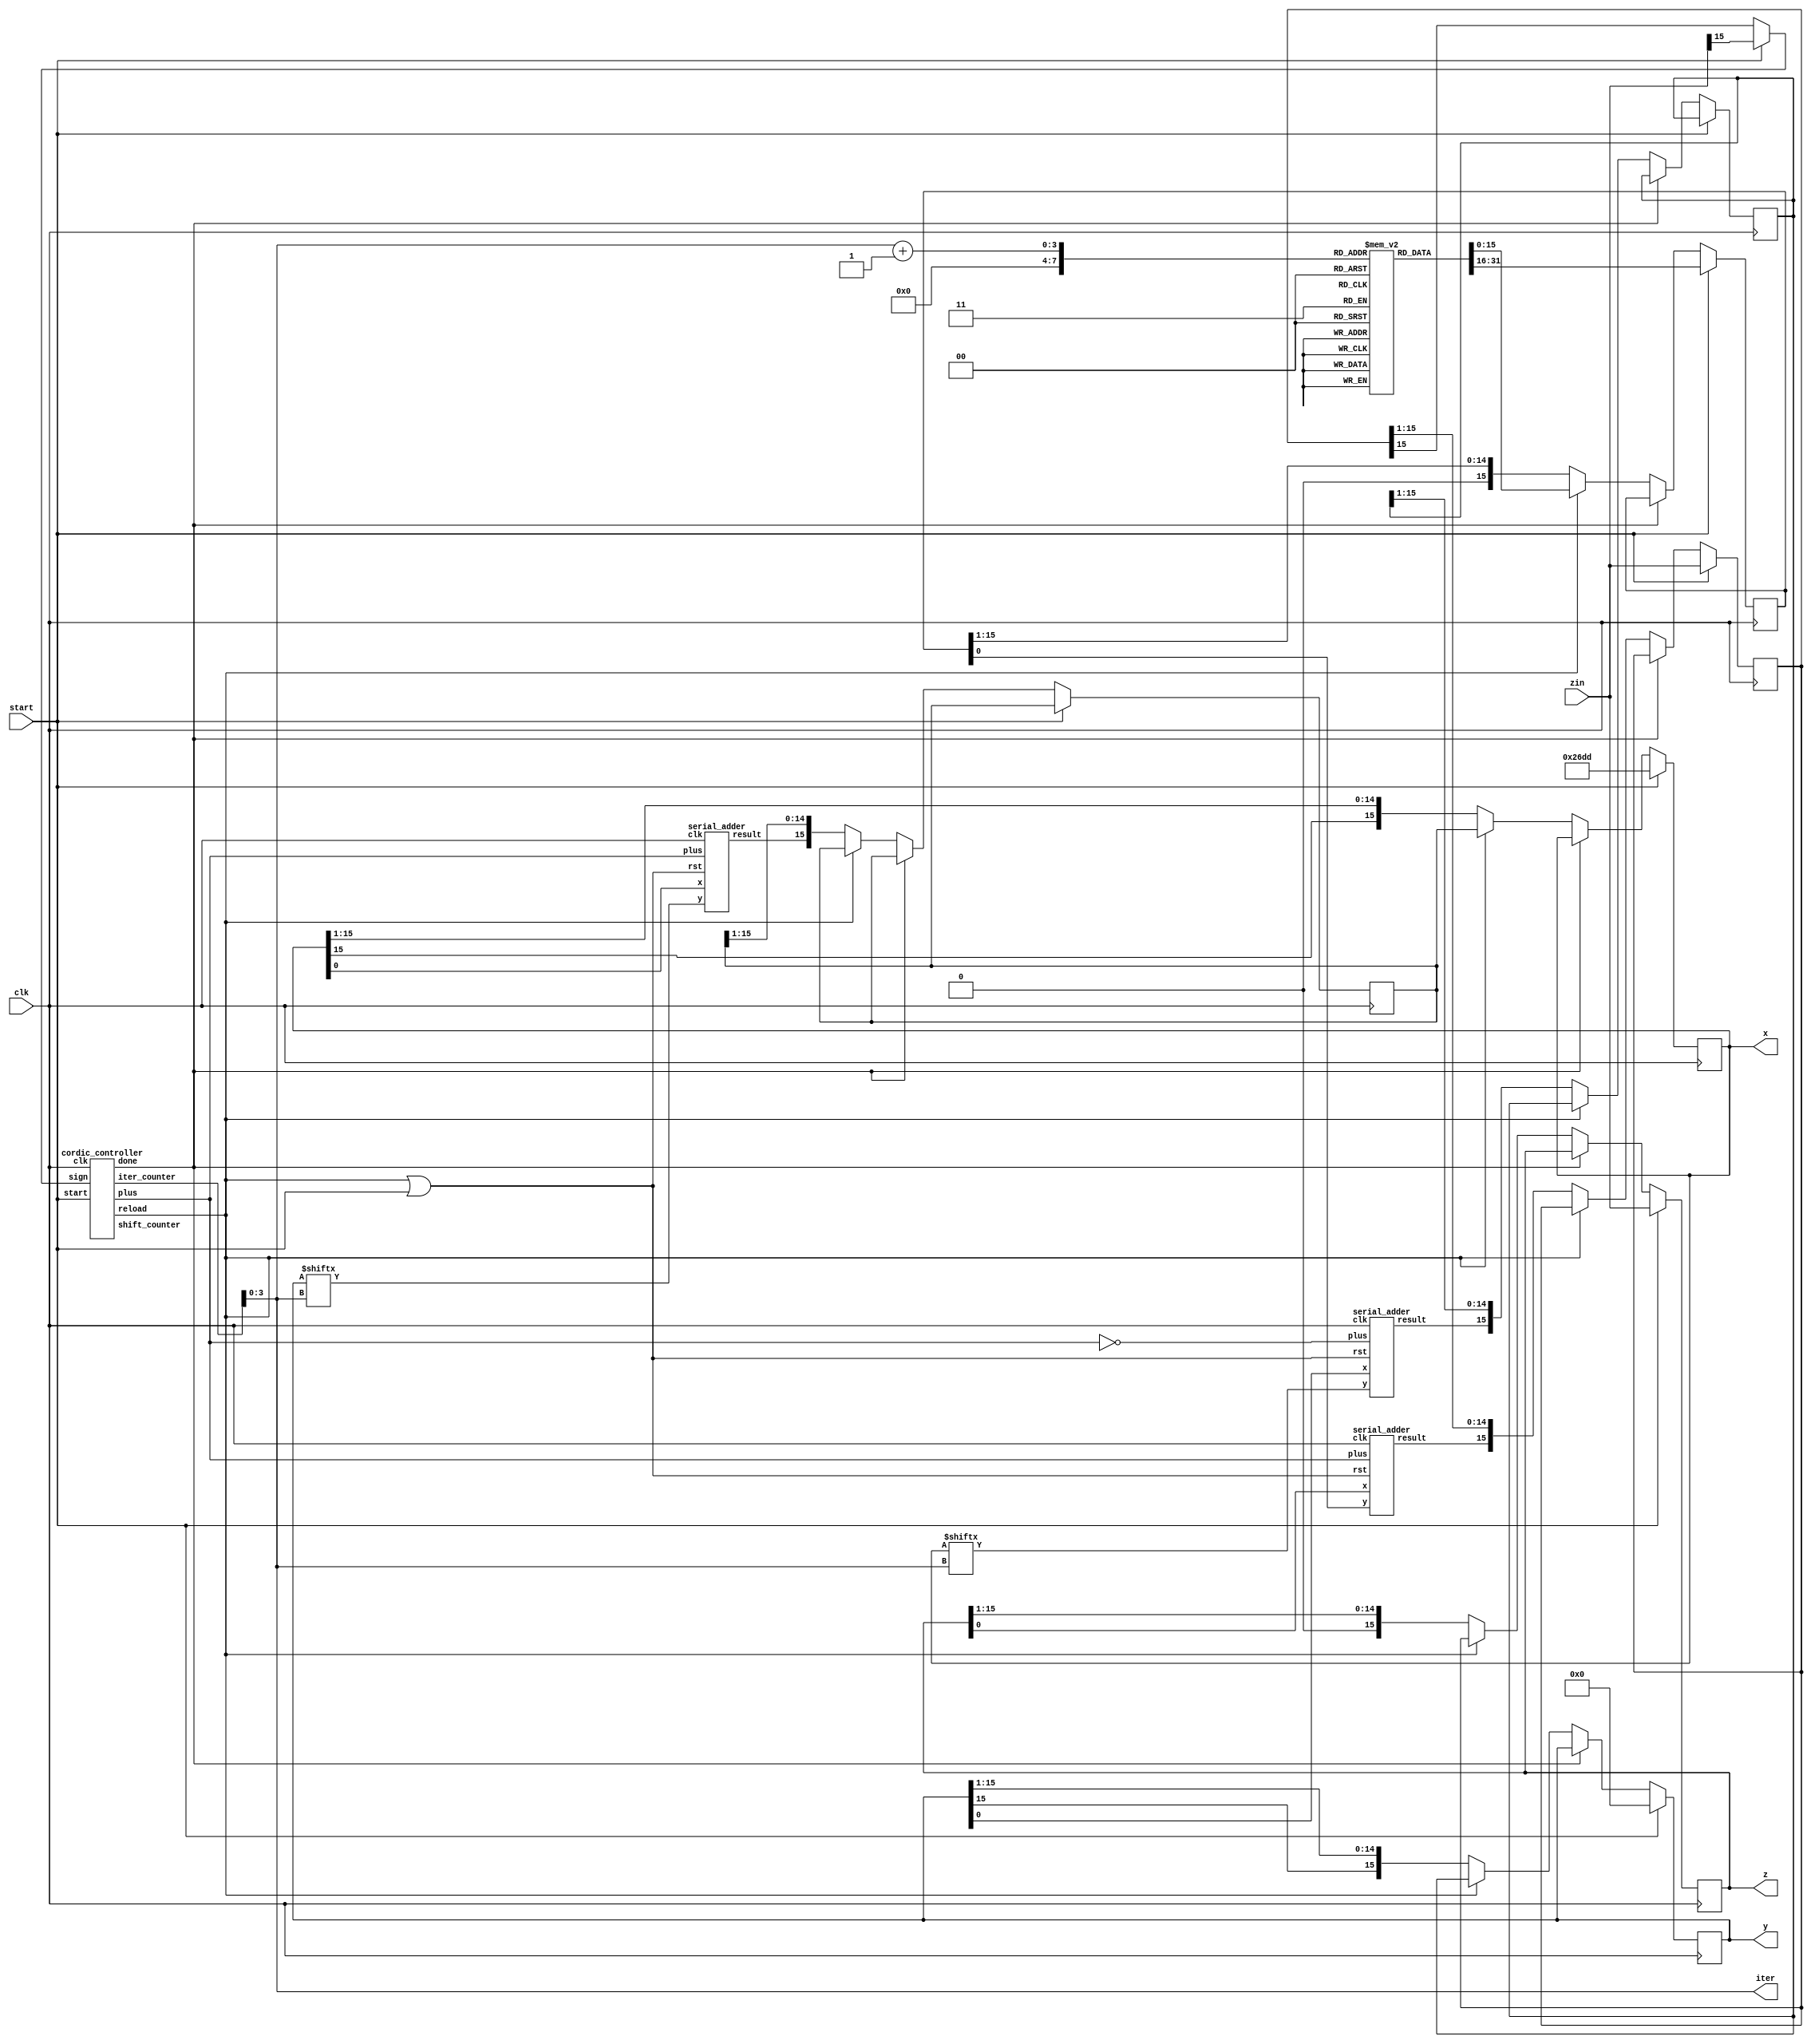
module cordic( output [3:0] iter,
	       output reg [15:0] x,
	       output reg [15:0] y,
	       output reg [15:0] z,
	       input [15:0] 	 zin,
	       input 		 start,
	       input 		 clk);
   reg [15:0] 			 z_rom [0:15];
   reg [15:0] 			 rom_content, x_result, y_result, z_result;
   wire 				 xin, yin;
   wire 			 adder_rst;
   wire     sign_signal;
   wire [4:0] 			 iter_counter, shift_counter;
   initial begin
      //$readmemb("data.txt", z_rom);
	  z_rom[0] <= 16'b0011001001000100;
      z_rom[1] <= 16'b0001110110101100;
      z_rom[2] <= 16'b0000111110101110;
      z_rom[3] <= 16'b0000011111110101;
      z_rom[4] <= 16'b0000001111111111;
      z_rom[5] <= 16'b0000001000000000;
      z_rom[6] <= 16'b0000000100000000;
      z_rom[7] <= 16'b0000000010000000;
      z_rom[8] <= 16'b0000000001000000;
      z_rom[9] <= 16'b0000000000100000;
      z_rom[10] <= 16'b0000000000010000;
      z_rom[11] <= 16'b0000000000001000;
      z_rom[12] <= 16'b0000000000000100;
      z_rom[13] <= 16'b0000000000000010;
      z_rom[14] <= 16'b0000000000000001;
      z_rom[15] <= 16'b0000000000000000;
   end
   assign xin = x[iter];
   assign yin = y[iter];
   assign sign_signal = start? zin[15] : z_result[15]; 
   cordic_controller CONTROL (done,reload,iter_counter,shift_counter,plus,sign_signal,start,clk);
   assign adder_rst = reload|start;
   serial_adder XADD (xout,x[0],yin,plus,adder_rst,clk);
   serial_adder YADD (yout,y[0],xin,~plus,adder_rst,clk);
   serial_adder ZADD (zout,z[0],rom_content[0],plus,adder_rst,clk);
   always @(posedge clk) begin
    if(start) begin
	 x <= 16'b0010011011011101;
	 y <= 0;
	 z <= zin;
	 z_result <= zin;
	 rom_content <= z_rom[0];
      end
    else if (~done) begin
	 if (reload) begin
	    x <= x_result;
	    y <= y_result;
	    z <= z_result;
	    rom_content <= z_rom[iter+1];
	 end
	 else begin
	    x_result <= {xout, x_result[15:1]};
        y_result <= {yout, y_result[15:1]};
        z_result <= {zout, z_result[15:1]};
	    x <= {x[15],x[15:1]};
	    y <= {y[15],y[15:1]};
	    z <= z >>> 1;
	    rom_content <= rom_content >>> 1;
	 end
    end
   end
   assign iter = iter_counter[3:0];
endmodule // cordic

module cordic_controller( output reg done,
			  output 	   reload,
			  output reg [4:0] iter_counter,
			  output reg [4:0] shift_counter,
			  output reg 	   plus,
			  input 	   sign,
			  input 	   start,
			  input 	   clk);
    initial plus = 0;
   always @(posedge clk) begin
      if (start) begin 
	 iter_counter = 0;
	 shift_counter = 0;
	 done = 0;
	 plus = sign;
      end
      else if (~done) begin
	 shift_counter = shift_counter + 1;
	 if (shift_counter == 17) begin
	    shift_counter = 0;
	    iter_counter = iter_counter + 1;
	    plus = sign;
	 end
	 if (iter_counter == 13) begin
	    done = 1;
	 end
      end
   end
   assign reload = (shift_counter == 16);
endmodule

module serial_adder( output result,
		     input x,
		     input y,
		     input plus,
		     input rst,
		     input clk);
   reg 			   cin = 0;
   wire 		   cout;
   assign result = x^y^cin;
   assign cout = plus ? (x&y)|(cin&(x|y)) : (((~x)&cin)|((~x)&y)|(y&cin));
   always @(posedge clk) begin
      if (rst) cin <= 0;
      else cin <= cout;
   end
endmodule